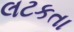
લટકતા